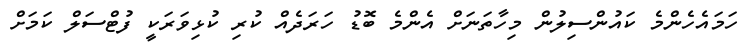
ހަމައެހެންމެ ކައުންސިލުން މިހާތަނަށް އެންމެ ބޮޑު ހަރަދެއް ކުރި ކުޅިވަރަކީ ފުޓްސަލް ކަމަށް